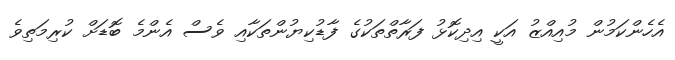
އެހެންކަމުން މުއިއްޒު އަކީ އިދިކޮޅު ފަރާތްތަކުގެ ފާޑުކިޔުންތަކާއި ވެސް އެންމެ ބޮޑަށް ކުރިމަތިވެ